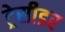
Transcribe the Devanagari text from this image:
ट्रेसीडर